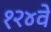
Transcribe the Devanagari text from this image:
१२४वे